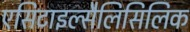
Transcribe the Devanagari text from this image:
एसिटाइल्सैलिसिलिक